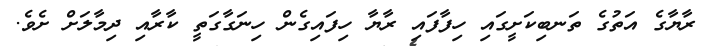
ރާޔާގެ އަތުގެ ތަނބިކަށީގައި ހިފާފައި ރާޔާ ހިފައިގެން ހިނަގާގަތީ ކާރާއި ދިމާލަށް ށެވެ.